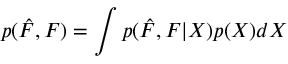
p ( \hat { F } , F ) = \int p ( \hat { F } , F | X ) p ( X ) d X